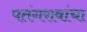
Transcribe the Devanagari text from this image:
पतंगरावांचा